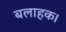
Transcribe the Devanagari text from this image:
बलाहक।